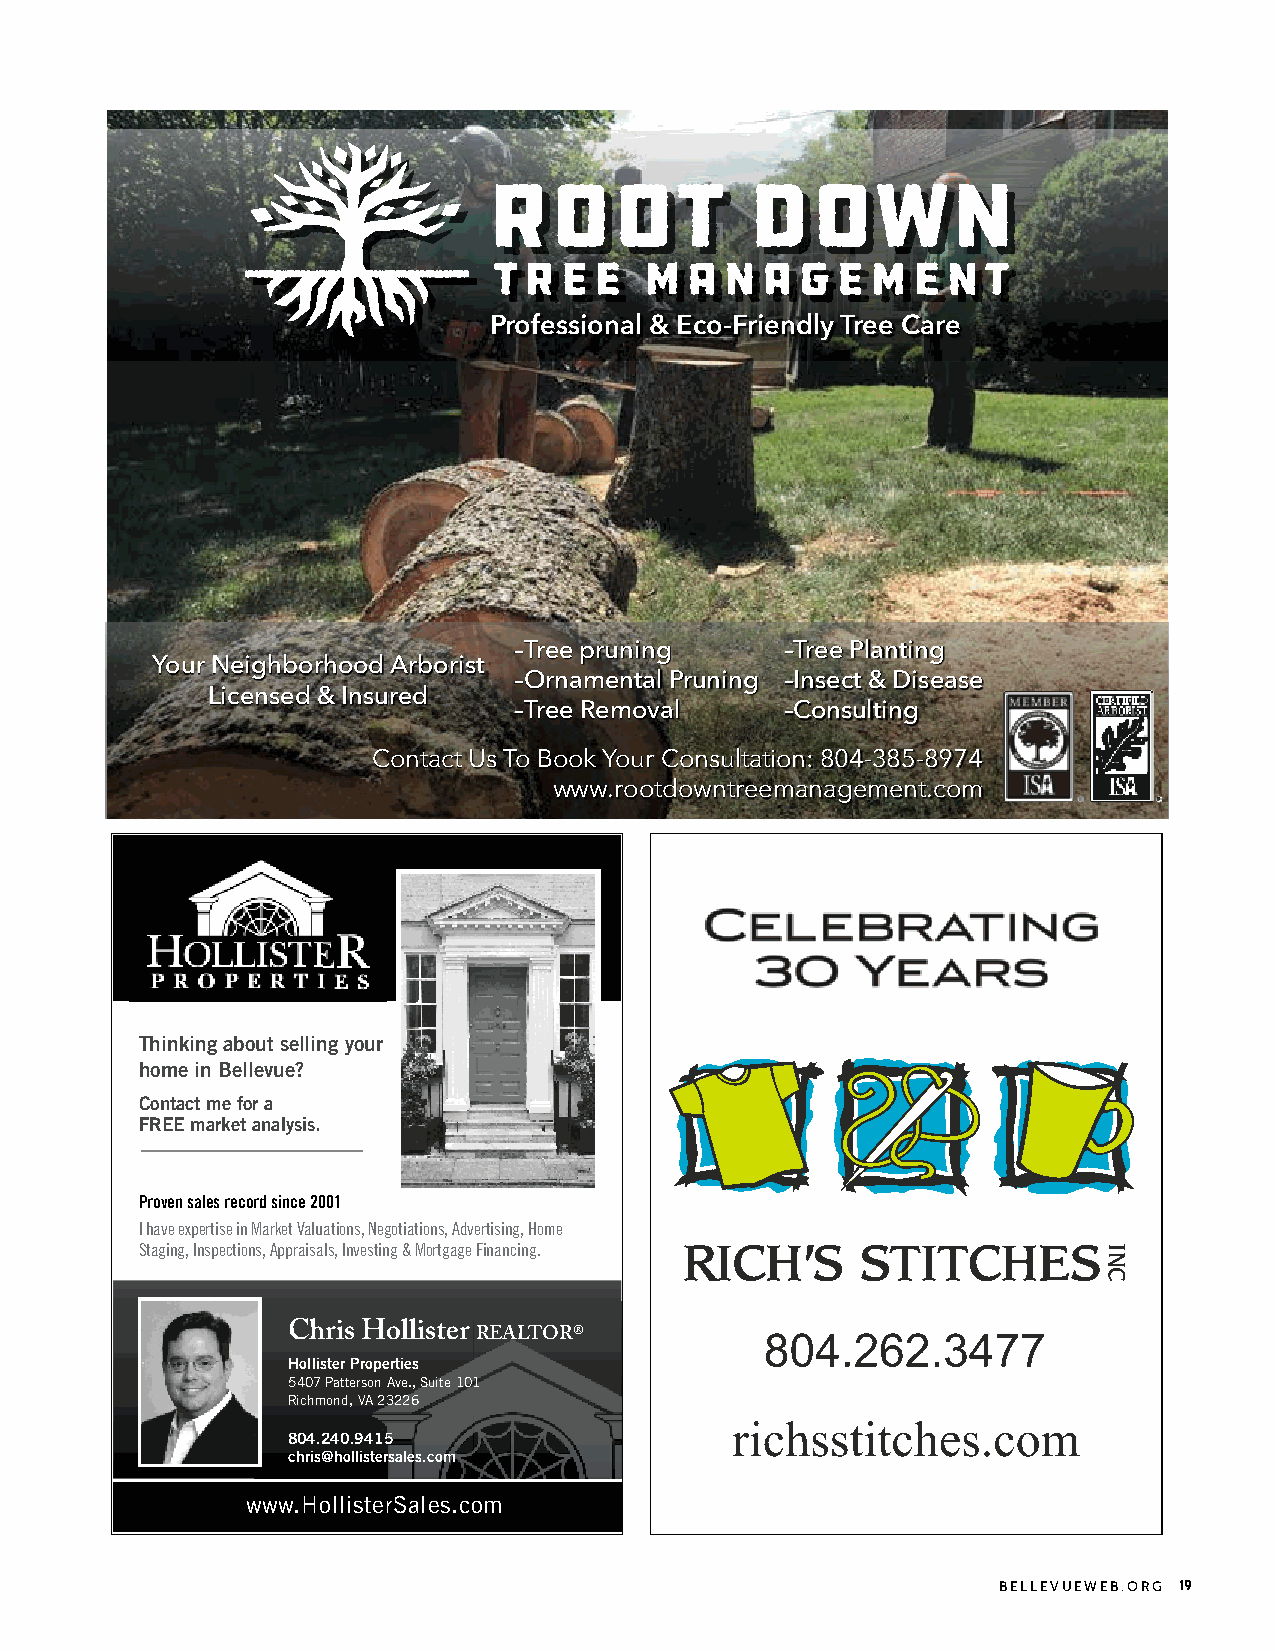
Professional & Eco-Friendly Tree Care
 –Tree pruning     –Tree Planting
 Your Neighborhood Arborist
 –Ornamental Pruning –Insect & Disease
 Licensed & Insured
 –Tree Removal     –Consulting
 Contact Us To Book Your Consultation: 804-385-8974
 www.rootdowntreemanagement.com
 Thinking about selling your
 home in Bellevue?
 Contact me for a
 FREE market analysis.
 Proven sales record since 2001
 I have expertise in Market Valuations, Negotiations, Advertising, Home
 Staging, Inspections, Appraisals, Investing & Mortgage Financing.
 Chris Hollister REALTOR®
 Hollister Properties
 5407 Patterson Ave., Suite 101
 Richmond, VA 23226
 804.240.9415
 chris@hollistersales.com
 www.HollisterSales.com
 BELLEVUEWEB.ORG 19